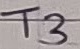
Text: T3